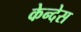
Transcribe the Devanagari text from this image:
केन्देस